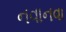
નવાનવા